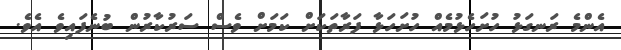
އެންމެ ރަނގަޅު ހުށަހެޅުމެއް ހުށަހަޅާ ފަރާތަކަށް ކަމަށް ވެސް ސަރުކާރުން ބުނެފައިވެ އެވެ.